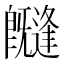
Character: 𭥊